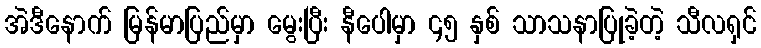
အဲဒီနောက် မြန်မာပြည်မှာ မွေးပြီး နီပေါမှာ ၄၅ နှစ် သာသနာပြုခဲ့တဲ့ သီလရှင်